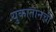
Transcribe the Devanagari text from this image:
युकातानची